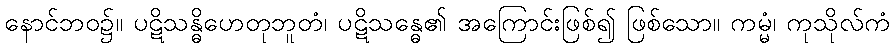
နောင်ဘဝ၌။ ပဋိသန္ဓိဟေတုဘူတံ၊ ပဋိသန္ဓေ၏ အကြောင်းဖြစ်၍ ဖြစ်သော။ ကမ္မံ၊ ကုသိုလ်ကံ